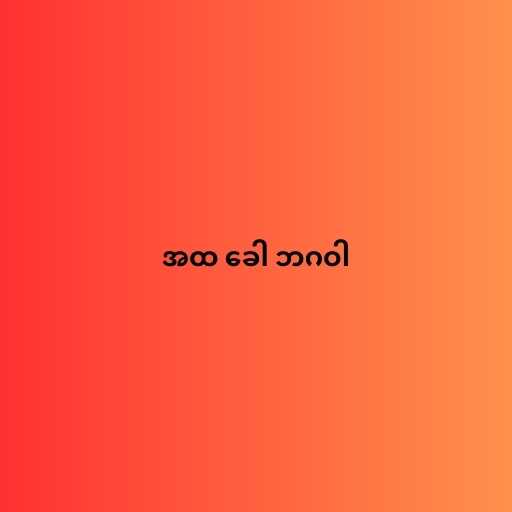
အထ ခေါ ဘဂဝါ